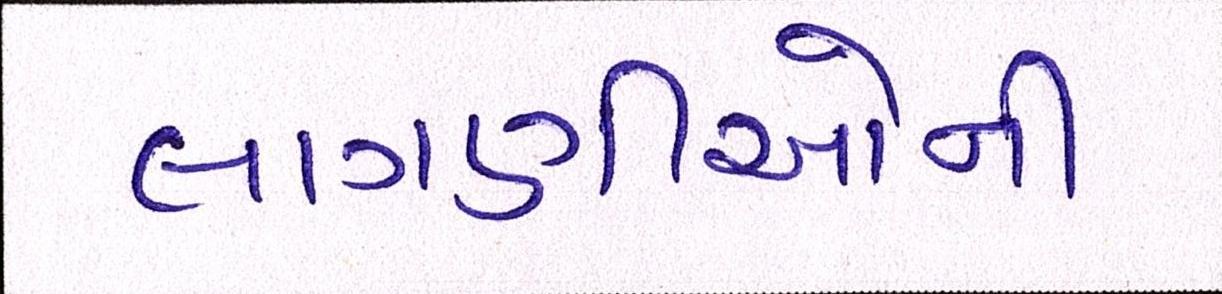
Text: લાગણીઓની